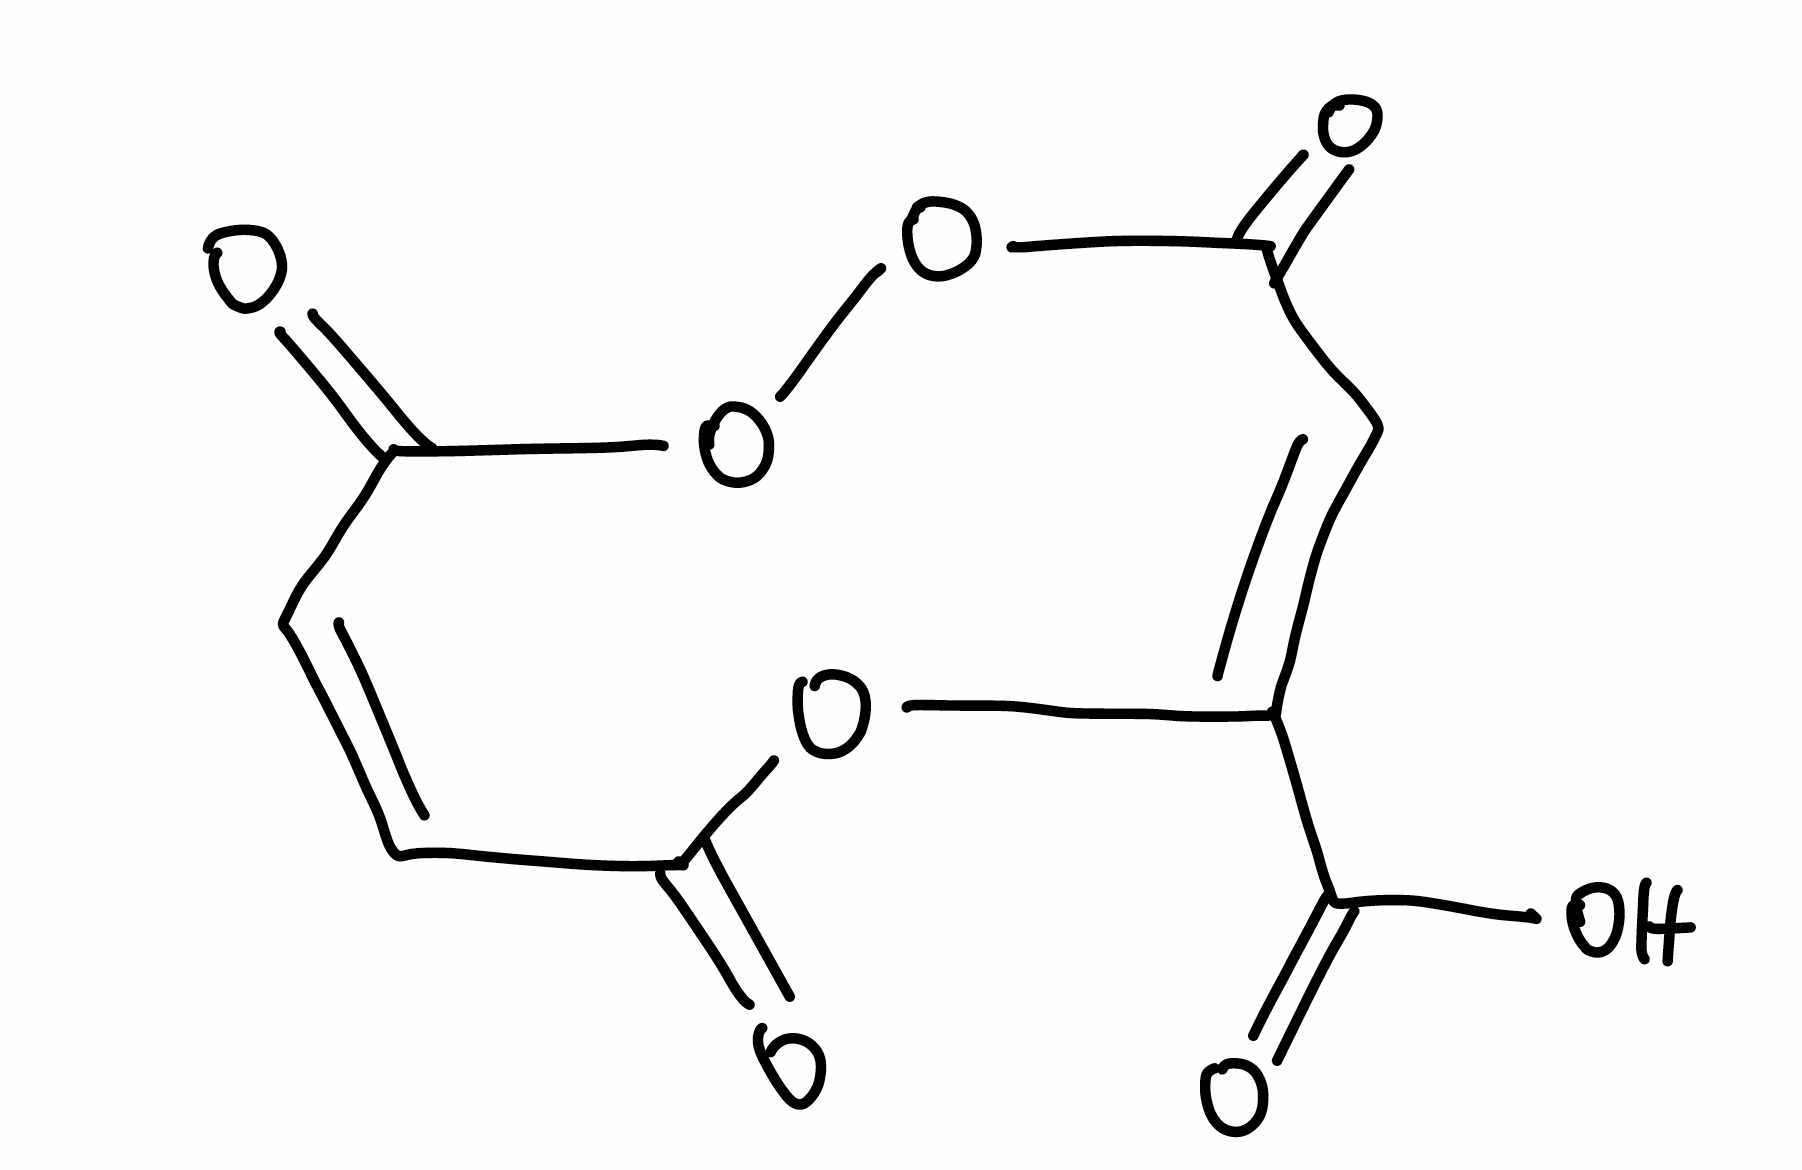
Simplified molecular-input line-entry system (SMILES) notation of the given molecule:
C1=CC(=O)OOC(=O)C=C(OC1=O)C(=O)O